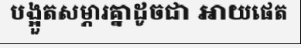
បង្អួតសម្ភារគ្នាដូចជា អាយផេត